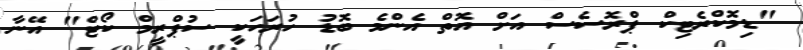
"ޑިމޮކްރެޓިކް ޕްރޮސެސް އަށް އޮތް އެންމެ ބޮޑު ހުރަހަކީ ސުޕްރީމް ކޯޓް" އޭނާ